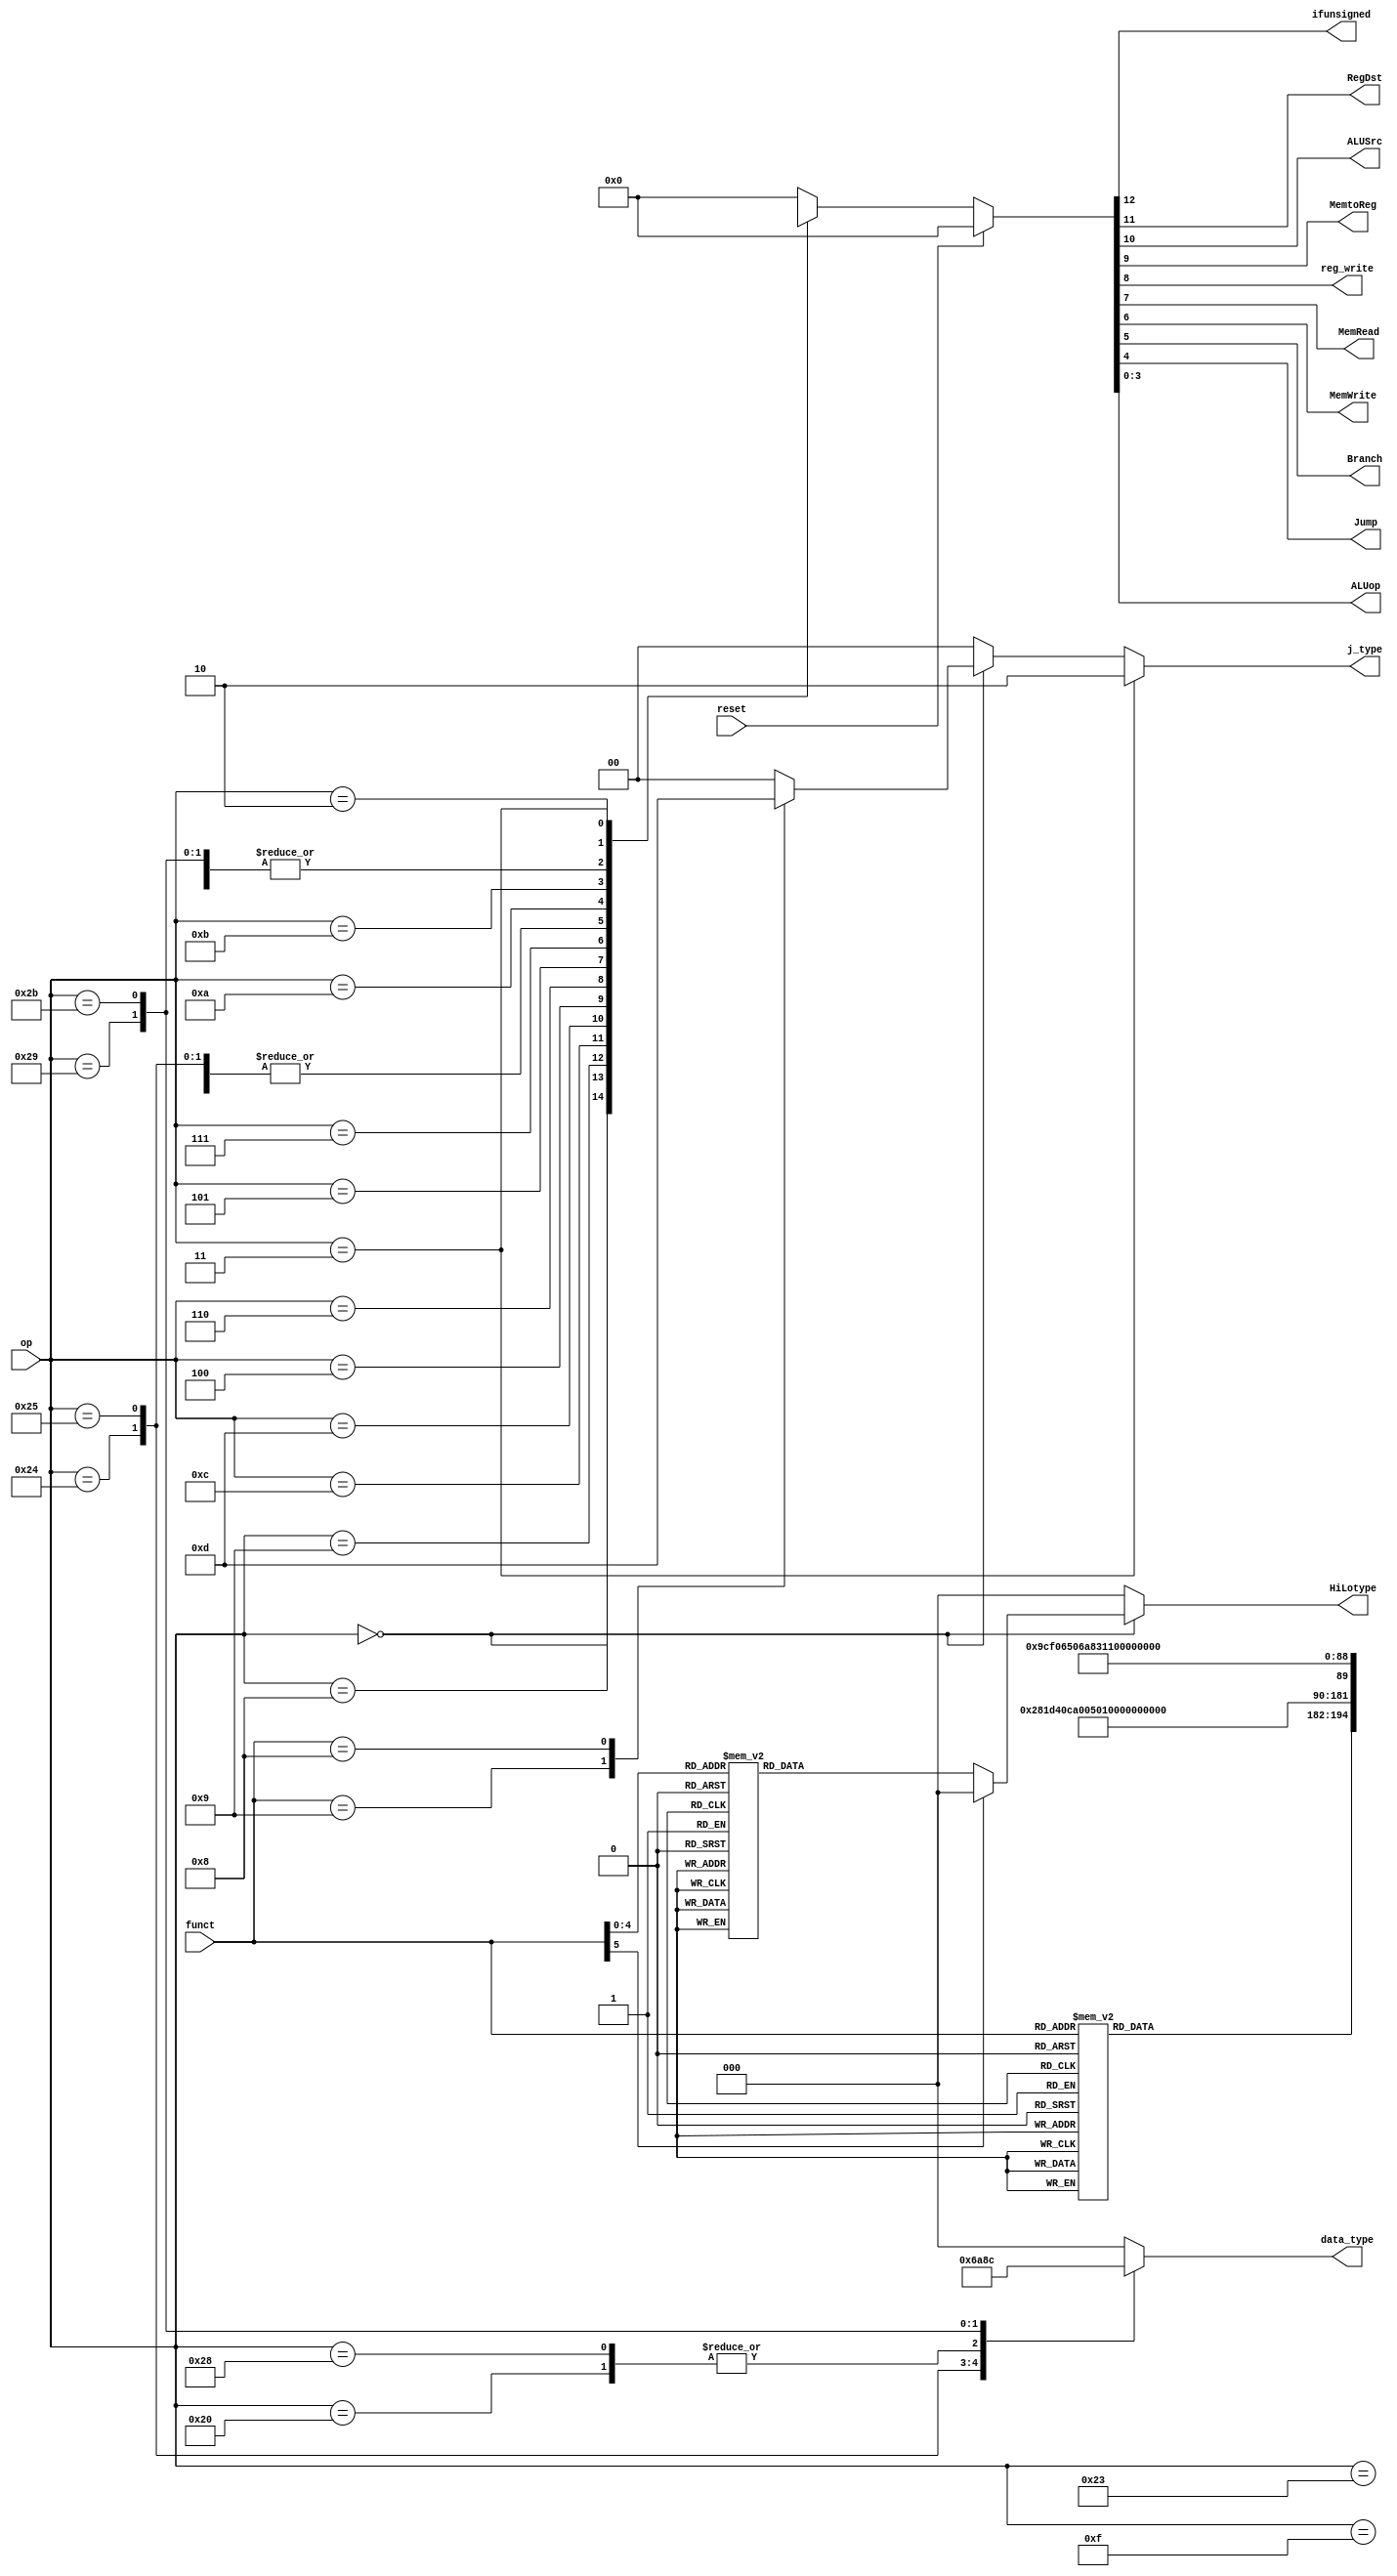
module control_unit (
    input wire reset,
    input wire [5:0] op, // inst[31:26]
    input wire [5:0] funct, //inst_wire[5:0]

    output wire ifunsigned,RegDst,ALUSrc,MemtoReg,reg_write,MemRead,MemWrite,Branch,Jump,

    output reg [2:0]data_type,
    output reg [1:0]j_type,
    output reg [2:0]HiLotype,
    output wire [3:0]ALUop
                
);

// opcode
    parameter 	addi	=	6'b	001000	;
    parameter 	addiu	=	6'b	001001	;
    parameter 	andi	=	6'b	001100	;
    parameter 	ori	=	6'b	001101	;
    parameter 	beq	=	6'b	000100	;
    parameter 	blez	=	6'b	000110	;
    parameter 	bne	=	6'b	000101	;
    parameter 	bgtz	=	6'b	000111	;
    parameter 	lb	=	6'b	100000	;
    parameter 	lbu	=	6'b	100100	;
    parameter 	lhu	=	6'b	100101	;
    parameter 	lui	=	6'b	001111	;
    parameter 	lw	=	6'b	100011	;
    parameter 	slti	=	6'b	001010	;
    parameter 	sltiu	=	6'b	001011	;
    parameter 	sb	=	6'b	101000	;
    parameter 	sh	=	6'b	101001	;
    parameter 	sw	=	6'b	101011	;
    parameter 	jal	=	6'b	000011	;
    parameter 	j	=	6'b	000010	;

//funct
    parameter	add	=	6'b	100000	;
    parameter	addu	=	6'b	100001	;
    parameter	sra	=	6'b	000011	;
    parameter	andl	=	6'b	100100	;
    parameter	norl	=	6'b	100111	;
    parameter	orl	=	6'b	100101	;
    parameter	xorl	=	6'b	100110	;
    parameter	div	=	6'b	011010	;
    parameter	jalr	=	6'b	001001	;
    parameter	jr	=	6'b	001000	;
    parameter	sll	=	6'b	000000	;
    parameter	srl	=	6'b	000010	;
    parameter	mfhi	=	6'b	010000	;
    parameter	mflo	=	6'b	010010	;
    parameter	mthi	=	6'b	010001	;
    parameter	mtlo	=	6'b	010011	;
    parameter	mult	=	6'b	011000	;
    parameter	slt	=	6'b	101010	;
    parameter	sltu	=	6'b	101011	;
    parameter	sub	=	6'b	100010	;
    parameter	divu	=	6'b	011011	;
    parameter	multu	=	6'b	011001	;
    parameter	subu	=	6'b	100011	;

//code


    reg [12:0]data=13'd0;

    always @(*) begin
        if (~reset) begin
            case(op)
            6'b00_0000: begin//R_type
                case (funct) 
					add : data=13'b 0100100000011 ;
					addu : data=13'b 1100100000011 ;
					sra : data=13'b 01x0100001011 ;
					andl : data=13'b 0100100000000 ;
					norl : data=13'b 0100100000001 ;
					orl : data=13'b 0100100000001 ;
					xorl : data=13'b 0100100000010 ;
					div : data=13'b 0010100001111 ;
					jalr : data=13'b 0100100010000 ;
					jr : data=13'b 01x0000010000 ;
					sll : data=13'b 0100100001001 ;
					srl : data=13'b 0100100001011 ;
					mfhi : data=13'b 0100100000000 ;
					mflo : data=13'b 0100100000000 ;
					mthi : data=13'b 0000100000000 ;
					mtlo : data=13'b 0000100000000 ;
					mult : data=13'b 0000100001110 ;
					slt : data=13'b 0100100000110 ;
					sltu : data=13'b 1100100000110 ;
					sub : data=13'b 0100100000100 ;
					divu : data=13'b 1000100001111 ;
					multu : data=13'b 1000100001110 ;
					subu : data=13'b 1100100000100 ;

                    default:  data=13'd0;
                endcase
            end
            
            addi : data=13'b 0010100000011 ;
			addiu : data=13'b 1010100000011 ;
			andi : data=13'b 0010100000000 ;
			ori : data=13'b 0010100000001 ;
			beq : data=13'b 0000000100100 ;
			blez : data=13'b 0000000100111 ;
			bne : data=13'b 0000000101101 ;
			bgtz : data=13'b 0x00000100111 ;
			lb : data=13'b 0011110000011 ;
			lbu : data=13'b 0011110000011 ;
			lhu : data=13'b 0011110000011 ;
			lui : data=13'b 0011110000011 ;
			lw : data=13'b 0011110000011 ;
			slti : data=13'b 0010100000110 ;
			sltiu : data=13'b 1010100000110 ;
			sb : data=13'b 0010001000011 ;
			sh : data=13'b 0010001000011 ;
			sw : data=13'b 0010001000011 ;
			jal : data=13'b 0010100010000 ;
			j : data=13'b 0010000010000 ;
            default: data=13'd0; 
            endcase
        end
        else begin
            data = 13'd0;
        end
    end
    
    always@(op) begin //load and store special
        case (op)
            //load
            //data_type = {data_unsigned?,type}
            //type: 00 word, 01 halfword, 10 byte.
            lb:data_type=3'b010;
            lbu:data_type=3'b110;
            lhu:data_type=3'b101;
            lw:data_type=3'b000;
            //store
            sb:data_type=3'b010;
            sh:data_type=3'b001;
            sw:data_type=3'b100;
            default:data_type=3'b000;
        endcase
        
    end

    always@(op,funct) begin
        if(op==jal) begin
            j_type=2'b10;
        end else if(op==6'd0)begin
            case(funct)
                jalr: j_type=2'b11;
                jr: j_type=2'b01;
                default: j_type=2'b00;
            endcase
        end
        else begin
            j_type=2'b00;
        end
    end

    always@(op,funct) begin
        if(op==6'd0)begin
            case(funct)
                    //Read,Write
                    /* Hi Lo R/W 
                      */
                mthi: HiLotype=3'b101;
                mtlo: HiLotype=3'b011;
                mfhi: HiLotype=3'b100;
                mflo: HiLotype=3'b010;

                mult: HiLotype=3'b111;
                multu: HiLotype=3'b111;

                div: HiLotype=3'b111;
                divu: HiLotype=3'b111;
                default:  HiLotype=3'b000;//others
            endcase
        end
        else begin
            HiLotype=3'b000;
        end
    end


    assign {ifunsigned,RegDst,ALUSrc,MemtoReg,reg_write,MemRead,MemWrite,Branch,Jump,ALUop[3],ALUop[2],ALUop[1],ALUop[0]}  = data;
        // rt,rd 
        //data,sign ex  
        //alu result,data
        //oo+,01-,10 func       
endmodule